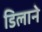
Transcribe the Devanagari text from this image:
डिलाने